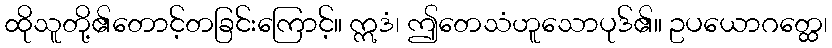
ထိုသူတို့၏တောင့်တခြင်းကြောင့်။ ဣဒံ၊ ဤတေသံဟူသောပုဒ်၏။ ဥပယောဂတ္ထေ၊